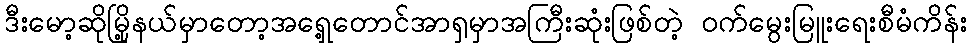
ဒီးမော့ဆိုမြို့နယ်မှာတော့အရှေ့တောင်အာရှမှာအကြီးဆုံးဖြစ်တဲ့ ဝက်မွေးမြူးရေးစီမံကိန်း